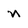
Character: n